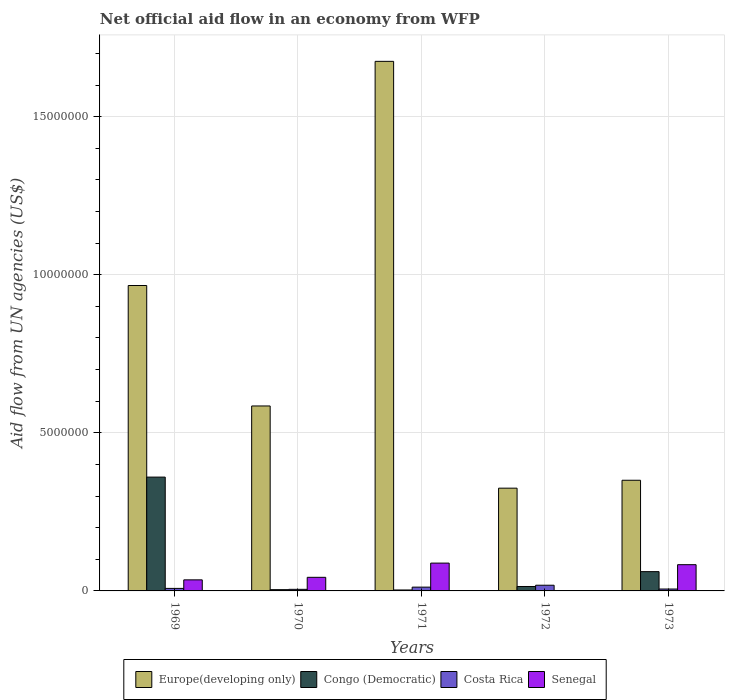
| Years | Europe(developing only) | Congo (Democratic) | Costa Rica | Senegal |
 | --- | --- | --- | --- | --- |
 | 1969 | 9.66e+06 | 3.6e+06 | 8e+04 | 3.5e+05 |
 | 1970 | 5.85e+06 | 4e+04 | 5e+04 | 4.3e+05 |
 | 1971 | 1.68e+07 | 3e+04 | 1.2e+05 | 8.8e+05 |
 | 1972 | 3.25e+06 | 1.4e+05 | 1.8e+05 | -4e+04 |
 | 1973 | 3.5e+06 | 6.1e+05 | 6e+04 | 8.3e+05 |